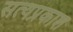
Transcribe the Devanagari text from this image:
सत्‍यप्रकाश